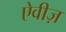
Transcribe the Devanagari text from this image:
ऐवीज़